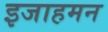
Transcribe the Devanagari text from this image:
इजाहमन